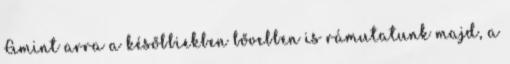
Amint arra a későbbiekben bővebben is rámutatunk majd, a